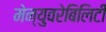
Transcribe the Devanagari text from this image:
मेन्युवरेबिलिटी